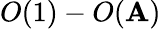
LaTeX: O(1)-O(\mathbf{A})